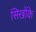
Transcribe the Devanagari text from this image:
सिखोंके